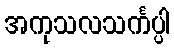
အကုသလသင်္ကပ္ပါ